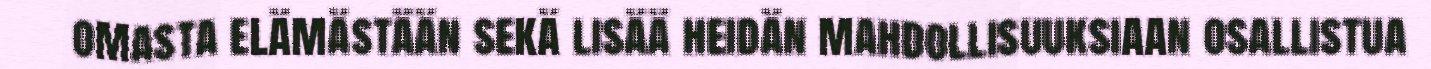
omasta elämästään sekä lisää heidän mahdollisuuksiaan osallistua